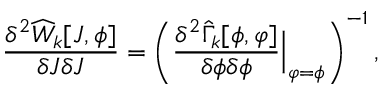
\frac { \delta ^ { 2 } \widehat { W } _ { k } [ J , \phi ] } { \delta J \delta J } = \left( \frac { \delta ^ { 2 } \widehat { \Gamma } _ { k } [ \phi , \varphi ] } { \delta \phi \delta \phi } { \Big | } _ { \varphi = \phi } \right) ^ { - 1 } ,